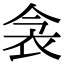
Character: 衾